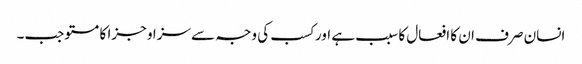
انسان صرف ان کا افعال کا سبب ہے اور کسب کی وجہ سے سزا و جزا کا مستوجب۔